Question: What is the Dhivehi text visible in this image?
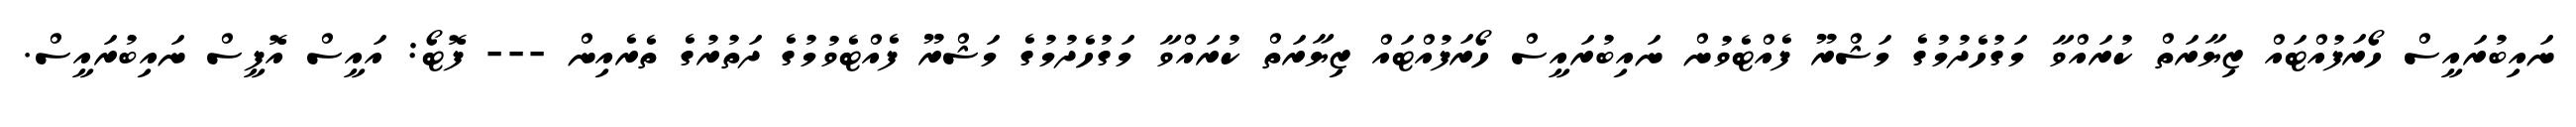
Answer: ނައިބުރައީސް ހޯރަފުއްޓައް ޒިޔާރަތް ކުރައްވާ މަގުހެދުމުގެ މަޝްރޫ ފެއްޓެވުން ނައިބުރައީސް ހޯރަފުއްޓައް ޒިޔާރަތް ކުރައްވާ މަގުހެދުމުގެ މަޝްރޫ ފެއްޓެވުމުގެ ދަތުރުގެ ތެރެއިން --- ފޮޓޯ: އައީސް އޮފީސް ނައިބުރައީސް.